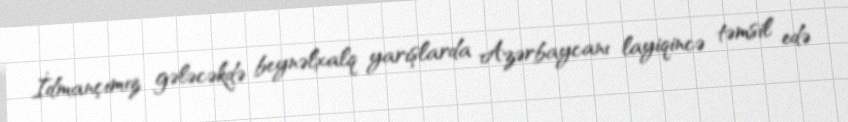
İdmançımız gələcəkdə beynəlxalq yarışlarda Azərbaycanı layiqincə təmsil edə